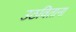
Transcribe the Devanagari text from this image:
उठविताना